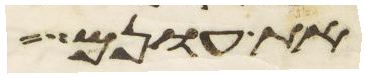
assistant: את עונם